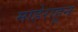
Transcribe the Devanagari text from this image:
माहेराहून